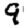
Digit: 9